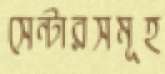
সেন্টারসমূহ